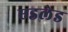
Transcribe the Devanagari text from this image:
एडलेड